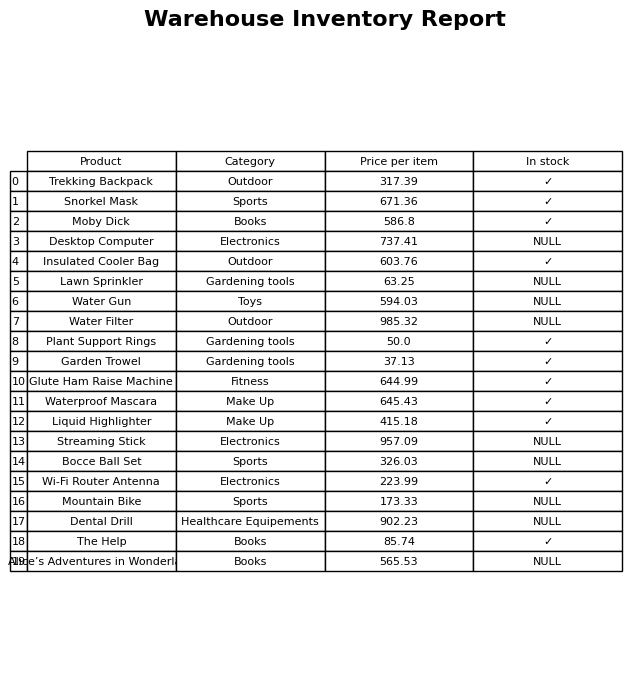
question: Is the Water Gun in stock?
answer: NULL